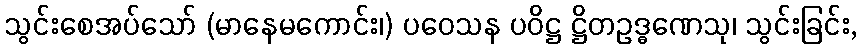
သွင်းစေအပ်သော် (မာနေမကောင်း၊) ပဝေသန ပဝိဋ္ဌ ဋ္ဌိတဥဒ္ဓဏေသု၊ သွင်းခြင်း,